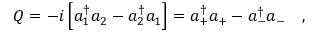
Q = - i \left[ a _ { 1 } ^ { \dagger } a _ { 2 } - a _ { 2 } ^ { \dagger } a _ { 1 } \right] = a _ { + } ^ { \dagger } a _ { + } - a _ { - } ^ { \dagger } a _ { - } \ \ \ ,